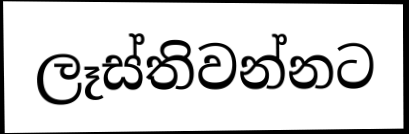
ලෑස්තිවන්නට